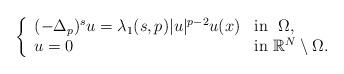
LaTeX: \begin{align*}\left\{\begin{array}{ll}(-\Delta_p)^{s}u = \lambda_1(s,p) \vert u \vert^{p-2} u(x) & {\rm in} \ \ \Omega,\\u=0 & {\rm in} \ \mathbb{R}^N\setminus\Omega.\\\end{array}\right.\end{align*}